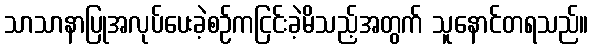
သာသာနာပြုအလုပ်ပေးခဲ့စဉ်ကငြင်းခဲ့မိသည့်အတွက် သူနောင်တရသည်။